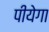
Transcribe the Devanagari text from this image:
पीयेगा